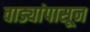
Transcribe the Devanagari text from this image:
वाड्यांपासून